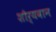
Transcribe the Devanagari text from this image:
शौर्यवान